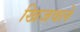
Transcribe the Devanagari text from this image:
खिजवले